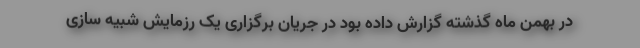
در بهمن ماه گذشته گزارش داده بود در جریان برگزاری یک رزمایش شبیه سازی